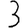
Digit: 3